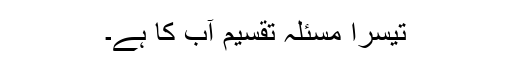
تیسرا مسئلہ تقسیم آب کا ہے۔